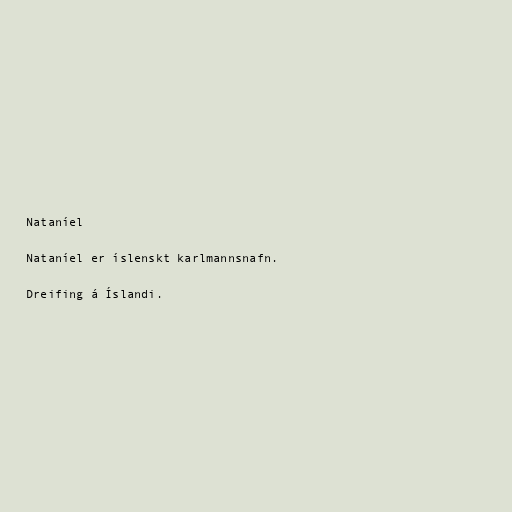
Nataníel

Nataníel er íslenskt karlmannsnafn.

Dreifing á Íslandi.